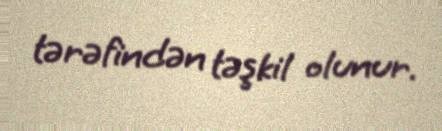
tərəfindən təşkil olunur.